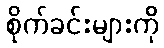
စိုက်ခင်းများကို